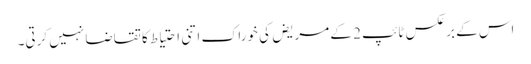
اس کے برعکس ٹائپ 2 کے مریض کی خوراک اتنی احتیاط کا تقاضا نہیں کرتی۔